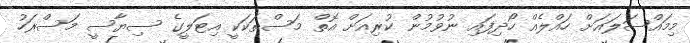
މިމައްސަލައަށް ހައްލެއް ހޯދިފައި ނުވުމުން ކުރިއަށް އޮތް މަސްތަކަކީ އިޓަލީގެ ސިޔާސީ މަސްރަހު